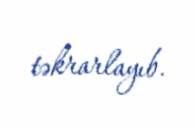
təkrarlayıb.